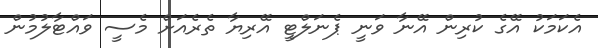
އެކަމަކު އޭގެ ކުރިން އޭނާ ވަނީ ޕެނަލްޓީ އޭރިޔާ ތެރެއަށް މެސީ ވައްޓާލުމުން